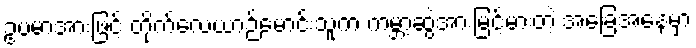
ဥပမာအားဖြင့် တိုက်လေယာဉ်မောင်းသူက ကမ္ဘာ့ဆွဲအားမြင့်မားတဲ့ အခြေအနေမှာ